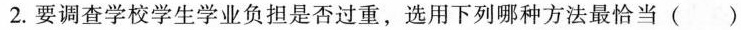
2. 要调查学校学生学业负担是否过重，选用下列哪种方法最恰当( )